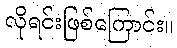
လိုရင်းဖြစ်ကြောင်း။